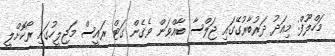
މަހްލޫފް: މިއަދު ދަރުބާރުގޭގައި ޖަލްސާ ބާއްވަން ވެގެން ގަޓް ރައީސް މަޖިލީހުގައި ރޯކޮށްލީ